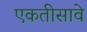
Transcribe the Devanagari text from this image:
एकतीसावे